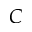
C